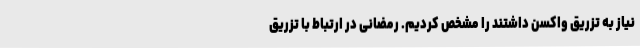
نیاز به تزریق واکسن داشتند را مشخص کردیم. رمضانی در ارتباط با تزریق